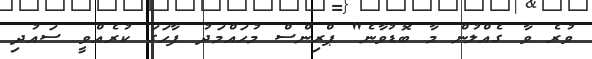
ވުރެ ވާ ގެއްލުން މާ ބޮޑުވާނެ" ޕްރިންސް މުހައްމަދު ފާހަގަ ކުރެއްވީ ސައުދި